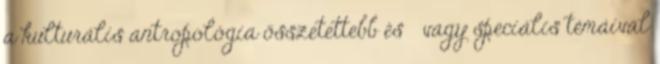
a kulturális antropológia összetettebb és vagy speciális témáival